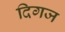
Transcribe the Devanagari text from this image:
दिगज